Papaver somniferum - Opium : an extract from the sixth volume of the Dictionary of Economic Products of India
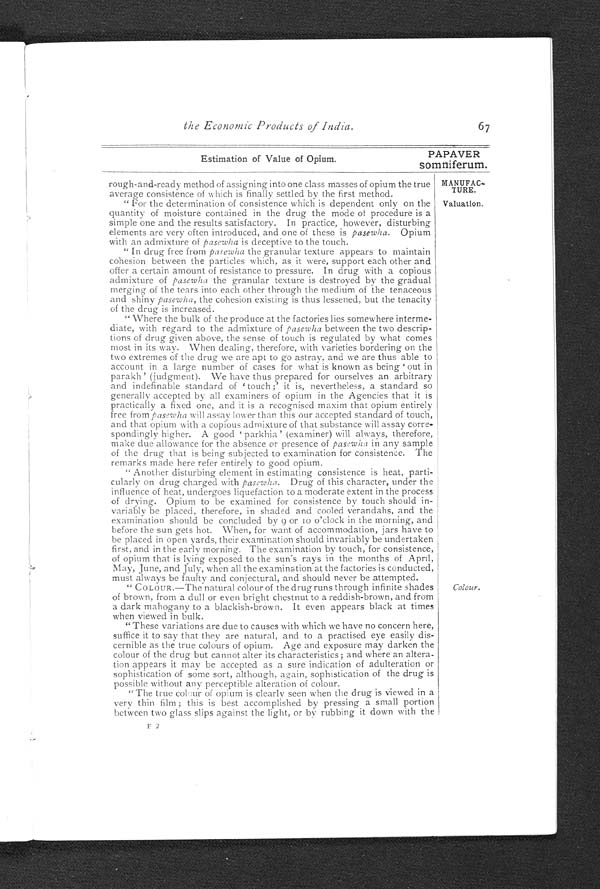
PAPAVER
somniferum.
MANUFAC
-
TURE.
Valuation.
66
Extracted from the Dictionary of
Estimation of value of Opium.
has been adjudged of nearly equal consistence by the remarkable power
of hand estimation practised at the factories, a power that is gained only
by years of experience in the examination of the drug.
" It would be difficult therefore—nay impossible—to lay down rules for
arriving at results that can be satisfactorily obtained only by practice. A
few guiding principles will, however, be touched on here.
" As a rule the consistence of opium freshly collected from the capsule
varies considerably, according to peculiarities of soil and weather, ranging
from 30°
to 50°, that is, it contains from 30 to 50 per cent. of solid
matter.
" Between the time of collection, and of weighment and examination of
the drug at the Government scales, there is generally an interval of from
one to even three months, and during this period it is within the power of
the cultivator so to manipulate his drug as to raise it to any standard of
spissitude. Experience, however, shows that the cultivator is not so easily
schooled into turning out an article exactly suitable to the requirements of
our factories, and it is no uncommon thing to find in one season two jars
lying side by side, one of which contains opium yielding a clean section if
cut with a spatula, the other containing a drug so fluid as to be poured
out of the jar by tilting it over.
" The practical impossibility of guessing with certainty to a degree the
consistence of any given sample of opium has given rise to the 'classes'
of opium now obtaining at the two Agencies. Each class includes in it
a range of three degrees of consistence, and between the first and the last
class is included all the opium that is ordinarily brought to the Govern
-ment scales.
" The following is the classification table adopted for good opium at the
two factories at Patna and Ghazipur, together with the distinctive mark of
each class :–
CLASS
DISTINCTIVE MARK.
Degrees
included in
each Class.
At Patna.
A t G h a z i p u r .
Báshi bála darawal
. . .
X
XXX
79, 80, 81
Bála darawal
. . .
X
XX
76, 77, 78
Darawal
. . .
X
X
73, 74, 75
Awal. . .
I
I
70, 71, 72
Duyum
. . .
I I
I I
67, 68, 69
Siyum
. . .
I I I
I I I
64, 65, 66
Chaharum. . .
. . .
IV
61, 62, 63
Panjum
. . .
. . .
V
58, 59, 60
Shishum
. . .
•••
VI
55, 56, 57
Haftum
. . .
•••
VII
52, 53, 54
" For purposes of district classification the above table answers admir
- a b l y , a n d i t i s a l s o a d h e r e d t o a t t h e f a c t o r i e s w h e n r e - c l a s s i f y i n g b y t o u c h
the classification of district officers, prior to the ultimate appraisement of
the opium by the help of steam tables. During this final classification,
however, when the object at the factories is to arrive at the true consistence
of every parcel of opium, drug of a spissitude estimated by touch to be
above the highest or below the lowest class is assayed separately on the
steam table, and its true consistence adjudged.
" We have thus seen that there are two methods practised at the Agencies
for estimating consistence, ( a ) by steam tables, (b) by touch. The second is a